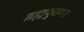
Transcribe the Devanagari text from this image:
ब्रह्मपुराणत